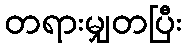
တရားမျှတပြီး